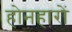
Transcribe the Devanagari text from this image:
होनहारों